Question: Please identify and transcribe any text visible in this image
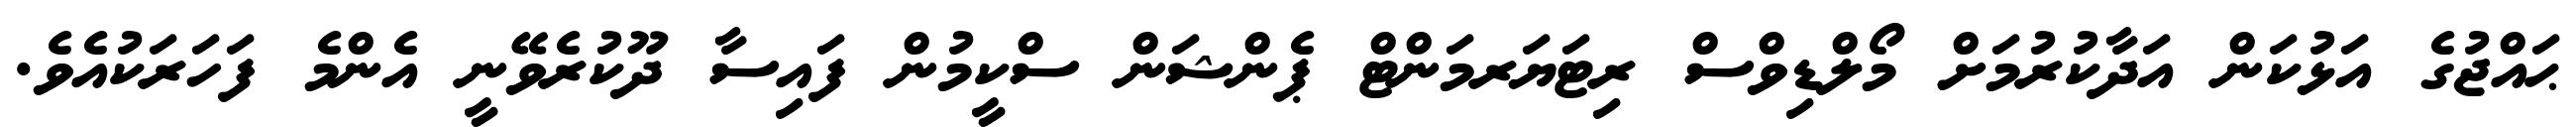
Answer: ޙައްޖުގެ އަޅުކަން އަދާކުރުމަށް މޯލްޑިވްސް ރިޓަޔަރމަންޓް ޕެންޝަން ސްކީމުން ފައިސާ ދޫކުރެވޭނީ އެންމެ ފަހަރަކުއެވެ.